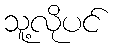
သူ့လိုပင်